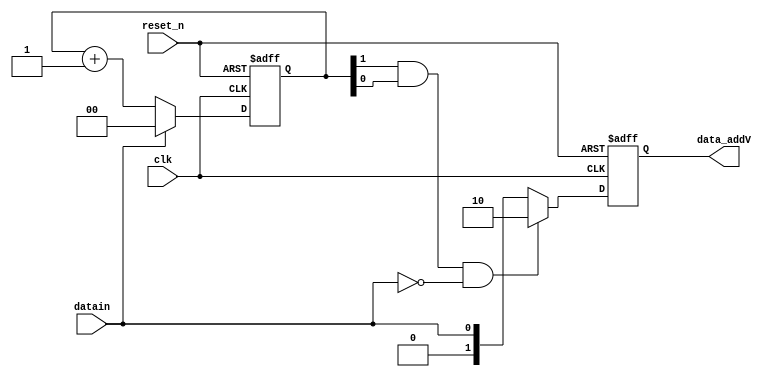
module addV(
		clk,
		reset_n,
		datain,
				
		data_addV
);
	input            clk;                        //
	input            reset_n;                    //
	input            datain;                     //
	
	output [ 1 : 0 ] data_addV; 
	wire        	  addV_en;
	reg [ 1 : 0 ] 	  count_zero;
	reg [ 1 : 0 ]    data_addV;
	
	/*V*/
	always @( posedge clk or negedge reset_n )
	begin
		if( !reset_n )
		begin
			count_zero <= 2'b00;
		end
		else if( !datain )
		begin
			count_zero <= count_zero + 2'b01;
		end
		else
		begin
			count_zero <= 2'b00;
		end
	end
	
	assign addV_en = count_zero[ 1 ] && count_zero[ 0 ] && !datain;
	
	always @( posedge clk or negedge reset_n )
	begin
		if( !reset_n )
		begin
			data_addV <= 2'b00;	
		end
		else if( addV_en )
		begin
			data_addV <= 2'b10;	//V
		end
		else
		begin
			data_addV <= { 1'b0, datain }; 
		end
	end
endmodule